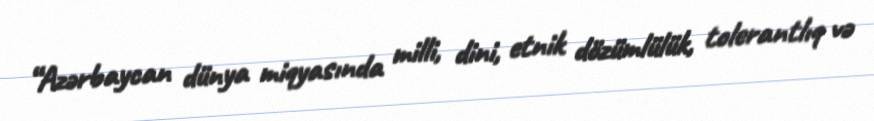
“Azərbaycan dünya miqyasında milli, dini, etnik dözümlülük, tolerantlıq və